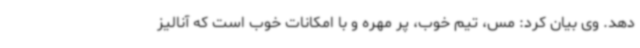
دهد. وی بیان کرد: مس، تیم خوب، پر مهره و با امکانات خوب است که آنالیز